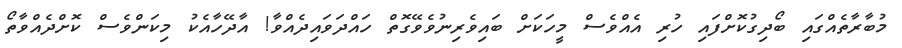
މުބާރާތެއްގައި ބޯދިގުކޮށްފައި ހުރި އެއްވެސް މީހަކަށް ބައިވެރިނުވެވޭގޮތް ހައްދަވައިދެއްވާ! އާދޭހާއެކު މިކަންވެސް ކޮށްދެއްވާތޯ